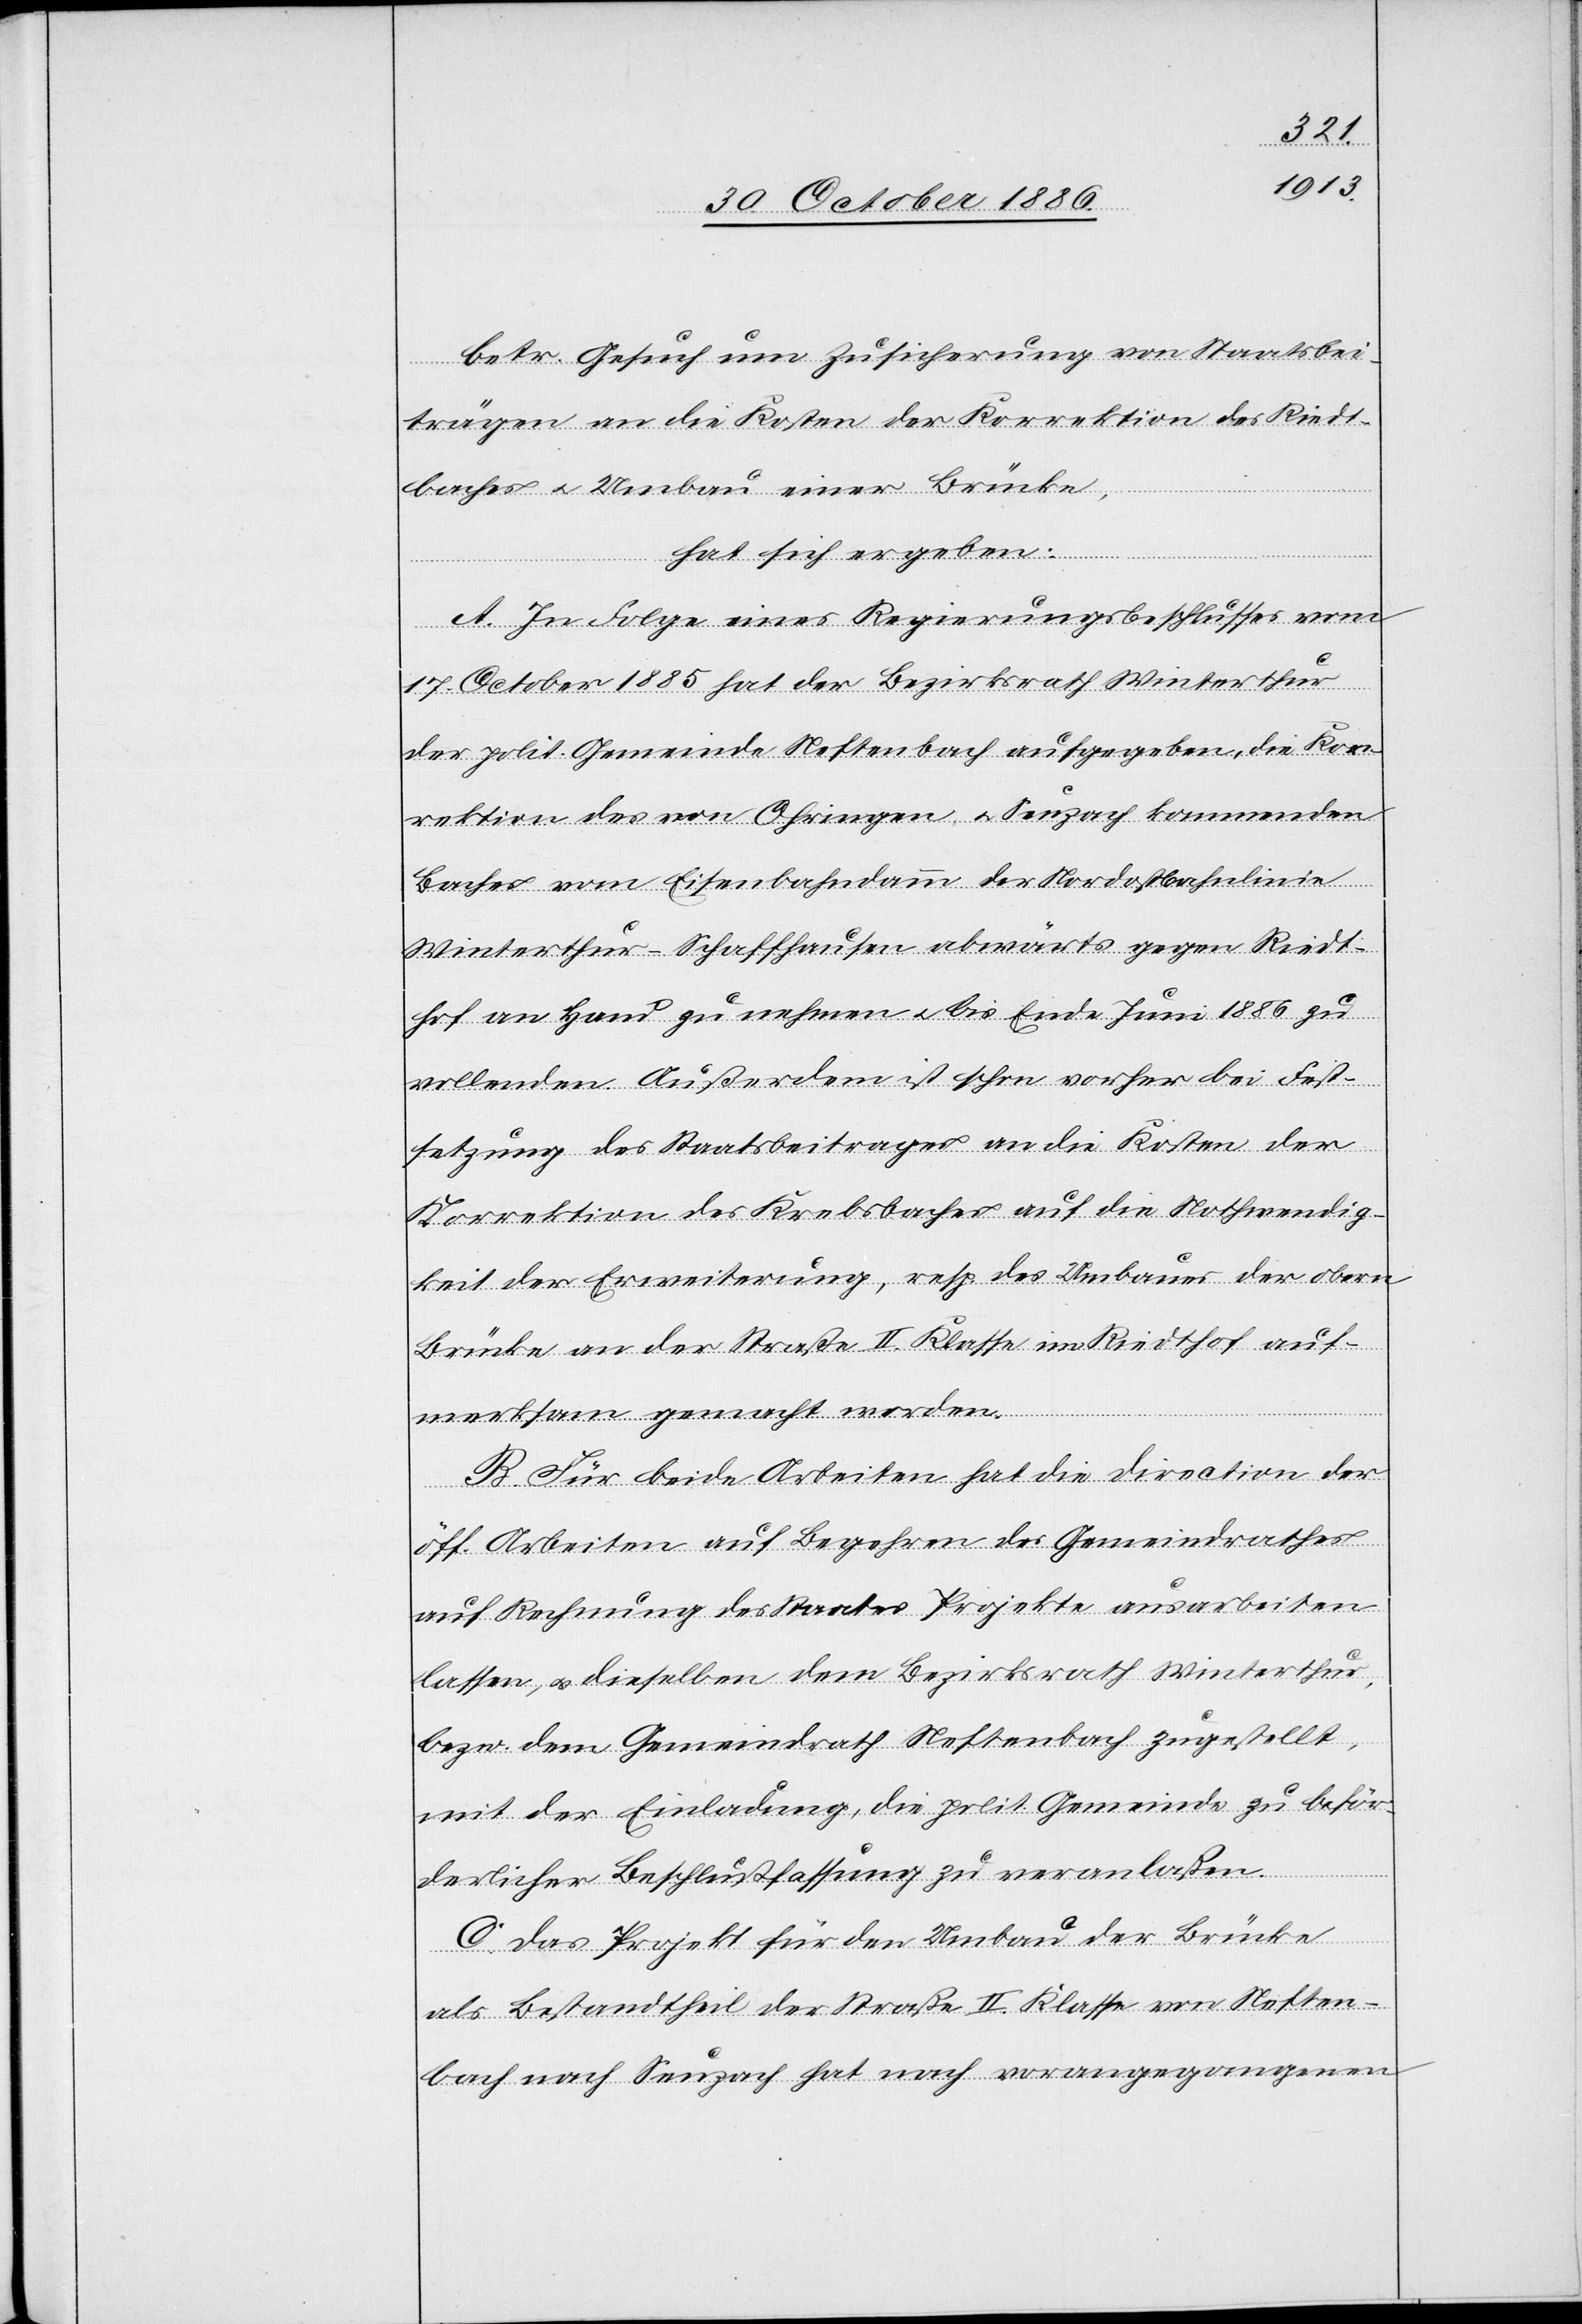
betr. Gesuch um Zusicherung von Staatsbei¬
trägen an die Kosten der Korrektion des Riedt¬
baches & Umbau einer Brücke,
hat sich ergeben:
A. In Folge eines Regierungsbeschlusses vom
17. October 1885 hat der Bezirksrath Winterthur
der polit. Gemeinde Neftenbach aufgegeben, die Kor¬
rektion des von Ohringen & Seuzach kommenden
Baches vom Eisenbahndamm der Nordostbahnlinie
Winterthur–Schaffhausen abwärts gegen Riedt¬
hof an Hand zu nehmen & bis Ende Juni 1886 zu
vollenden. Außerdem ist schon vorher bei Fest¬
setzung des Staatsbeitrages an die Kosten der
Korrektion des Krebsbaches auf die Nothwendig¬
keit der Erweiterung, resp. des Umbaues der obern
Brücke an der Straße II. Klasse im Riedthof auf¬
merksam gemacht worden.
B. Für beide Arbeiten hat die Direction der
öff. Arbeiten auf Begehren des Gemeindrathes
auf Rechnung des Staates Projekte ausarbeiten
lassen, & dieselben dem Bezirksrath Winterthur,
bezw. dem Gemeindrath Neftenbach zugestellt,
mit der Einladung, die polit. Gemeinde zu beför¬
derlicher Beschlußfassung zu veranlaßen.
C. Das Projekt für den Umbau der Brücke
als Bestandtheil der Straße II. Klasse von Neften¬
bach nach Seuzach hat nach vorangegangenen